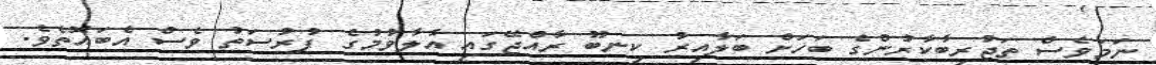
ނަމަވެސް ތަޖުރިބާކާރުންގެ ބަހަށް ބަލާއިރު ކިނބޫ ރާއްޖޭގައި އާލާވުމުގެ ފުރުސަތު ވެސް އެބައޮތެވެ.